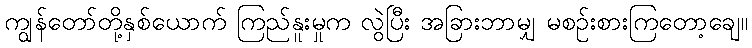
ကျွန်တော်တို့နှစ်ယောက် ကြည်နူးမှုက လွဲပြီး အခြားဘာမျှ မစဉ်းစားကြတော့ချေ။